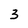
Character: 3